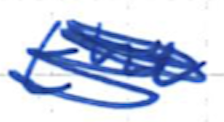
Text: the
Cross-out: scratch
Writing tool: ballpoint